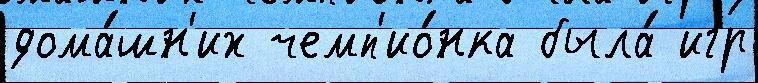
дома́шн'их чемп'ио́нка была́ игр